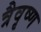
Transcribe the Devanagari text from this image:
त्रैवृष्ण